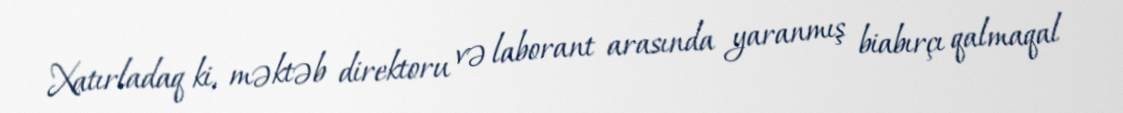
Xatırladaq ki, məktəb direktoru və laborant arasında yaranmış biabırçı qalmaqal